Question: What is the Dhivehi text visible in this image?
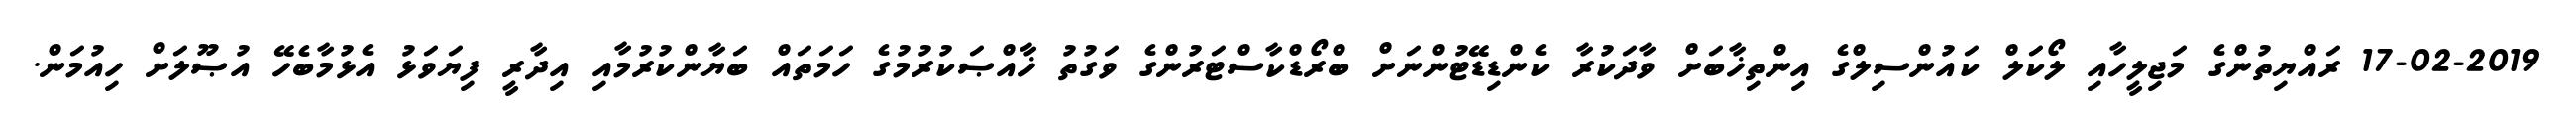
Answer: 17-02-2019 ރައްޔިތުންގެ މަޖިލީހާއި ލޯކަލް ކައުންސިލްގެ އިންތިޚާބަށް ވާދަކުރާ ކެންޑިޑޭޓުންނަށް ބްރޯޑްކާސްޓަރުންގެ ވަގުތު ޚާއްޞަކުރުމުގެ ހަމަތައް ބަޔާންކުރުމާއި އިދާރީ ފިޔަވަޅު އެޅުމާބެހޭ އުޞޫލަށް ހިއުމަން.